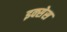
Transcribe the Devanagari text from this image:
इक्सेस